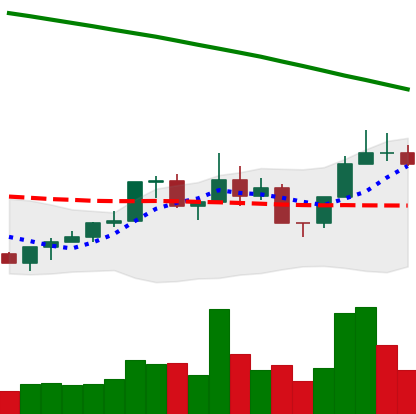
Ticker: NEO-USD
Chart end date: 2022-07-31
Forward return: 7.441%
Label: up_7plus